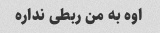
اوه به من ربطی نداره